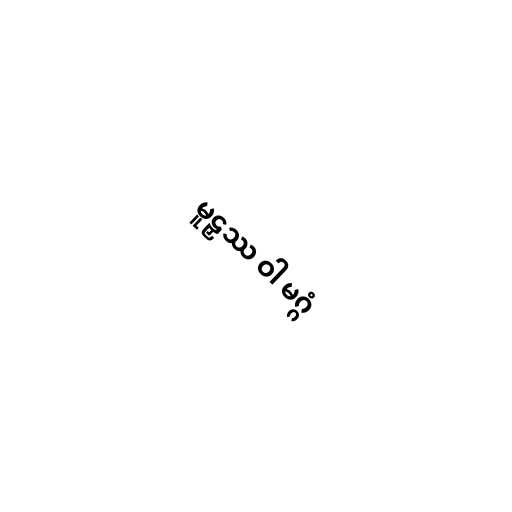
မူဠှဿ ဝါ မဂ္ဂံ